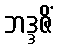
ဘဒ္ဒဇိံ